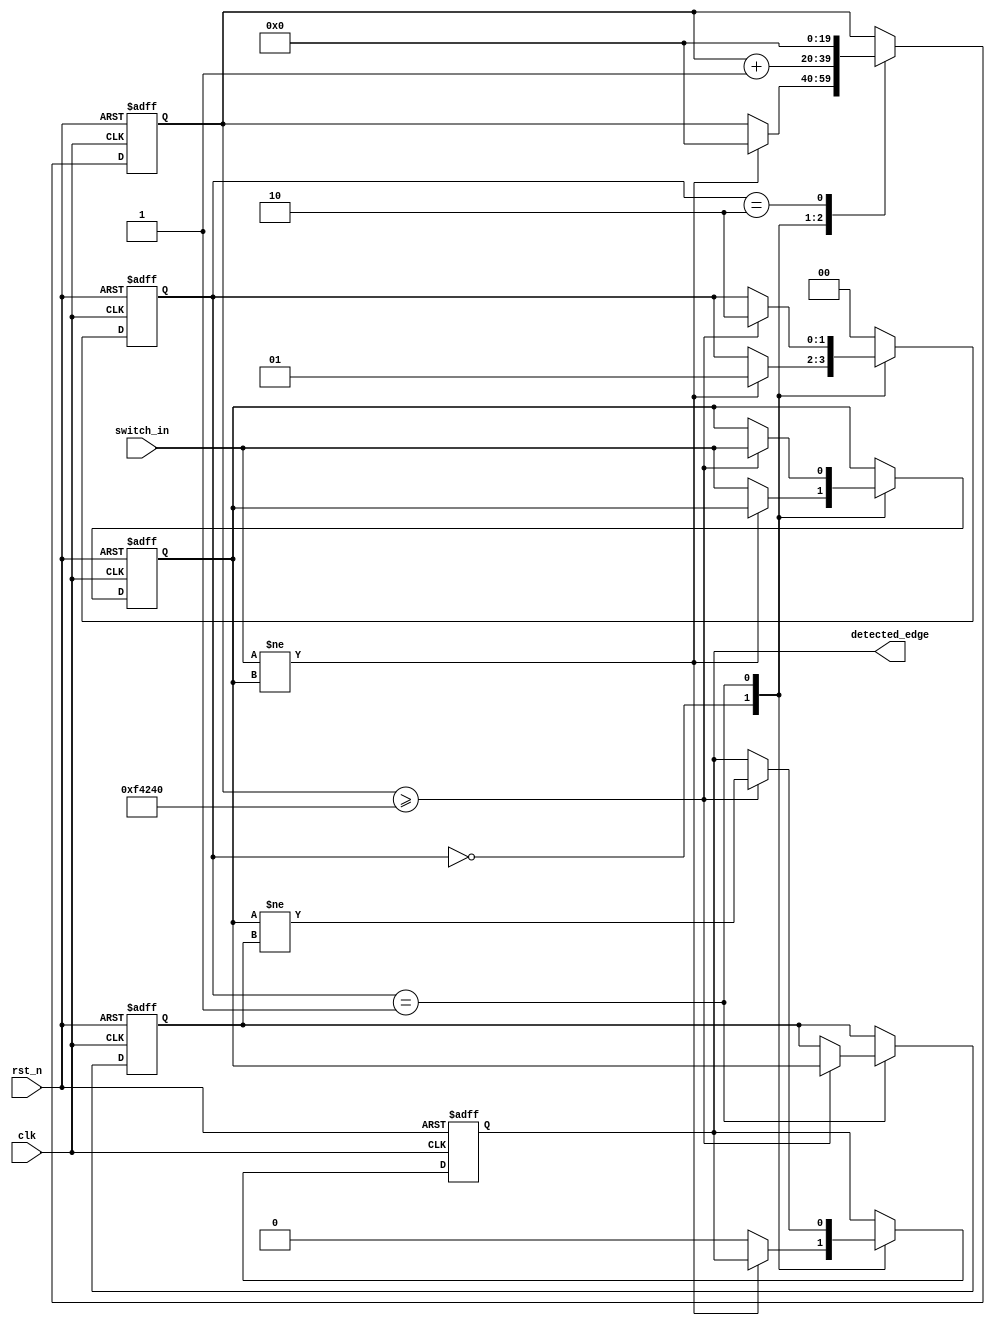
module DebouncedEdgeDetector (
    input wire clk,                // Clock input
    input wire rst_n,              // Active-low reset
    input wire switch_in,          // Raw switch input
    output reg detected_edge       // Detected edge output
);

    // Parameter definitions
    parameter DEBOUNCE_TIME = 20'd1000000; // Adjust according to your clock frequency (e.g., for a 1 MHz clock, 1 second = 1,000,000 cycles)
    
    // State definitions
    reg [1:0] state;               // State register for debouncing
    reg [19:0] counter;            // Debounce counter
    reg switch_stable;             // Holds the stable state of the switch input
    reg switch_last;               // Holds the last stable switch state

    // State encoding
    localparam S_STABLE = 2'b00;   // Stable state
    localparam S_BOUNCE = 2'b01;   // Bounce detected
    localparam S_DEBOUNCING = 2'b10; // Debouncing period

    // State machine for debouncing
    always @(posedge clk or negedge rst_n) begin
        if (!rst_n) begin
            state <= S_STABLE;
            counter <= 20'd0;
            detected_edge <= 1'b0;
            switch_stable <= 1'b0;
            switch_last <= 1'b0;
        end else begin
            case (state)
                S_STABLE: begin
                    // When we are stable, check for switch input changes
                    if (switch_in != switch_stable) begin
                        // Input has changed, move to the bouncing state
                        state <= S_BOUNCE;
                        counter <= 20'd0; // Reset the counter
                    end else begin
                        // Maintain the last stable state
                        switch_stable <= switch_in;
                        detected_edge <= 1'b0; // No edge detected
                    end
                end
                
                S_BOUNCE: begin
                    // If switch input changes, start the debounce timer
                    counter <= counter + 1;
                    if (counter >= DEBOUNCE_TIME) begin
                        // If debounce time is reached, confirm the switch state
                        state <= S_DEBOUNCING;
                        switch_last <= switch_stable; // Store last stable state
                        switch_stable <= switch_in; // Update stable state
                        detected_edge <= (switch_stable != switch_last); // Detect edge
                    end
                end
                
                S_DEBOUNCING: begin
                    // Shift back to stable state after debouncing
                    state <= S_STABLE;
                    counter <= 20'd0; // Reset counter
                end
                
                default: state <= S_STABLE; // Default to stable state
            endcase
        end
    end

endmodule